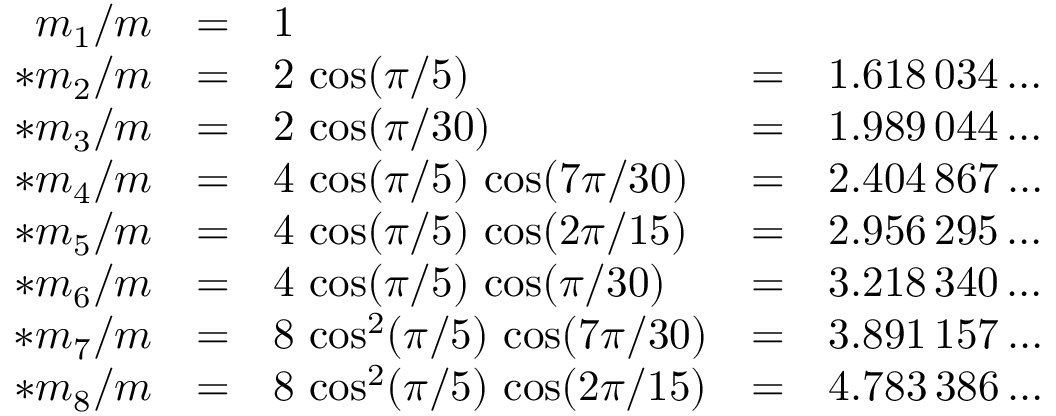
\begin{array} { r c l c l } { { m _ { 1 } / m } } & { { = } } & { { 1 } } & { { } } & { { } } \\ { { * m _ { 2 } / m } } & { { = } } & { { 2 \, \cos ( \pi / 5 ) } } & { { = } } & { { 1 . 6 1 8 \, 0 3 4 \ldots } } \\ { { * m _ { 3 } / m } } & { { = } } & { { 2 \, \cos ( \pi / 3 0 ) } } & { { = } } & { { 1 . 9 8 9 \, 0 4 4 \ldots } } \\ { { * m _ { 4 } / m } } & { { = } } & { { 4 \, \cos ( \pi / 5 ) \, \cos ( 7 \pi / 3 0 ) } } & { { = } } & { { 2 . 4 0 4 \, 8 6 7 \ldots } } \\ { { * m _ { 5 } / m } } & { { = } } & { { 4 \, \cos ( \pi / 5 ) \, \cos ( 2 \pi / 1 5 ) } } & { { = } } & { { 2 . 9 5 6 \, 2 9 5 \ldots } } \\ { { * m _ { 6 } / m } } & { { = } } & { { 4 \, \cos ( \pi / 5 ) \, \cos ( \pi / 3 0 ) } } & { { = } } & { { 3 . 2 1 8 \, 3 4 0 \ldots } } \\ { { * m _ { 7 } / m } } & { { = } } & { { 8 \, \cos ^ { 2 } ( \pi / 5 ) \, \cos ( 7 \pi / 3 0 ) } } & { { = } } & { { 3 . 8 9 1 \, 1 5 7 \ldots } } \\ { { * m _ { 8 } / m } } & { { = } } & { { 8 \, \cos ^ { 2 } ( \pi / 5 ) \, \cos ( 2 \pi / 1 5 ) } } & { { = } } & { { 4 . 7 8 3 \, 3 8 6 \ldots } } \end{array}